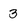
Character: 3